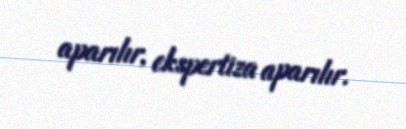
aparılır, ekspertiza aparılır.